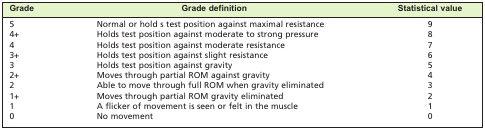
<table><thead><tr><td><b>Grade</b></td><td><b>Grade definition</b></td><td><b>Statistical value</b></td></tr></thead><tbody><tr><td>5</td><td>Normal or hold s test position against maximal resistance</td><td>9</td></tr><tr><td>4+</td><td>Holds test position against moderate to strong pressure</td><td>8</td></tr><tr><td>4</td><td>Holds test position against moderate resistance</td><td>7</td></tr><tr><td>3+</td><td>Holds test position against slight resistance</td><td>6</td></tr><tr><td>3</td><td>Holds test position against gravity</td><td>5</td></tr><tr><td>2+</td><td>Moves through partial ROM against gravity</td><td>4</td></tr><tr><td>2</td><td>Able to move through full ROM when gravity eliminated</td><td>3</td></tr><tr><td>1+</td><td>Moves through partial ROM gravity eliminated</td><td>2</td></tr><tr><td>1</td><td>A flicker of movement is seen or felt in the muscle</td><td>1</td></tr><tr><td>0</td><td>No movement</td><td>0</td></tr></tbody></table>